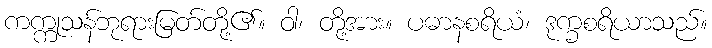
ကက္ကုသန်ဘုရားမြတ်တို့၏။ ဝါ၊ တို့အား။ ပဓာနစရိယံ၊ ဒုက္ခစရိယာသည်။